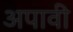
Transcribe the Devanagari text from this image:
अपावी